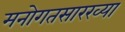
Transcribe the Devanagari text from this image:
मनोगतसारख्या